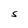
Character: S